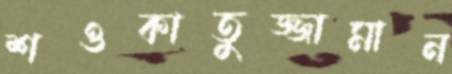
শওকাতুজ্জামান